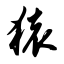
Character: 猿